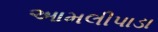
આમલીપાડા